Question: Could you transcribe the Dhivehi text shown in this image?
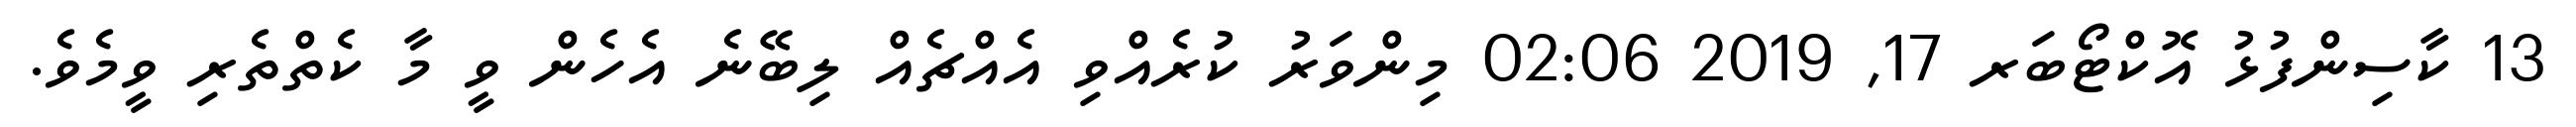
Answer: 13 ކާސިންފުޅު އޮކްޓޯބަރ 17, 2019 02:06 މިންވަރު ކުރެއްވި އެއްޗެއް ލިބޭނެ އެހެން ވީ މާ ކެތްތެރި ވީމެވެ.